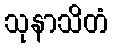
သုနာသိတံ